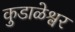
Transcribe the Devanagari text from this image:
कुडाळेश्वर